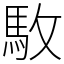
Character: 駇